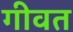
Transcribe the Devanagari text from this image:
गीवत